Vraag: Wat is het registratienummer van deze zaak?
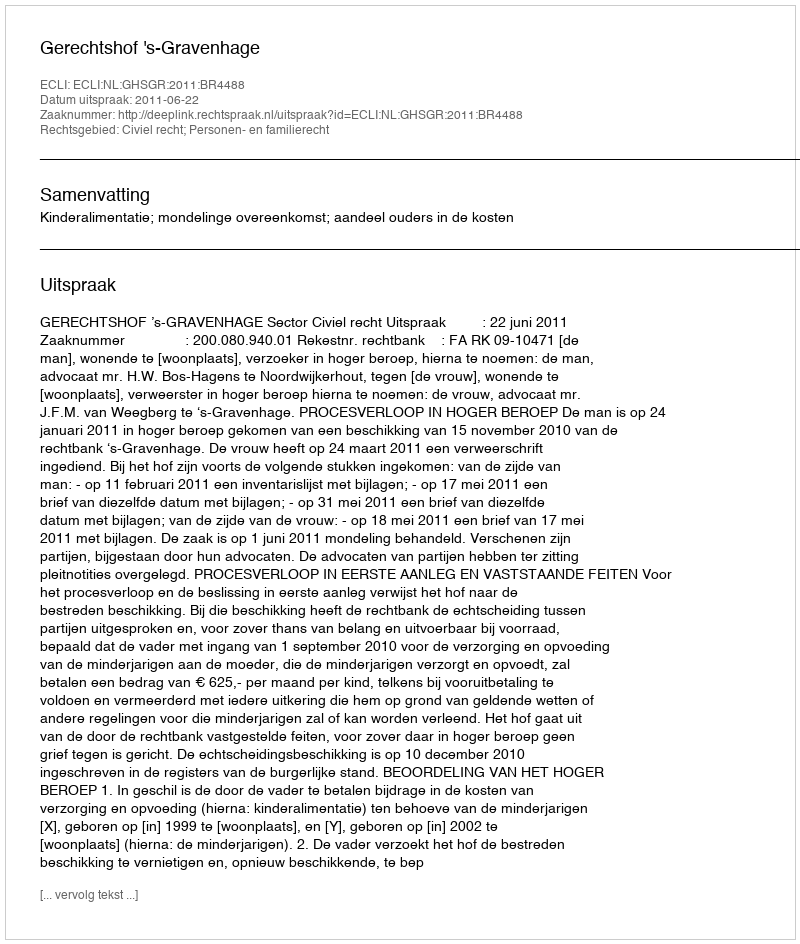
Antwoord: http://deeplink.rechtspraak.nl/uitspraak?id=ECLI:NL:GHSGR:2011:BR4488